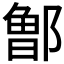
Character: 𰻹